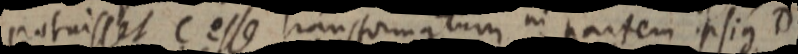
potuisset C esse transformatum in partem ipsius D